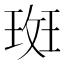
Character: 𭹞